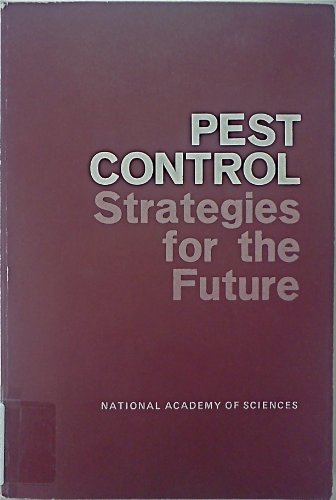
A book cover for Pest control strategies for the future; Nas; Crafts, Hobbies & Home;